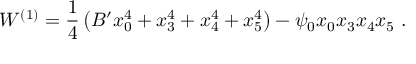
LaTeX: W ^ { ( 1 ) } = { \frac { 1 } { 4 } } \left( B ^ { \prime } x _ { 0 } ^ { 4 } + x _ { 3 } ^ { 4 } + x _ { 4 } ^ { 4 } + x _ { 5 } ^ { 4 } \right) - \psi _ { 0 } x _ { 0 } x _ { 3 } x _ { 4 } x _ { 5 } ~ .